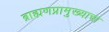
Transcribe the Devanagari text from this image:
ब्राह्मणप्रामुख्याचा